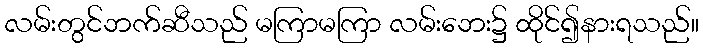
လမ်းတွင်ဘက်ဆီသည် မကြာမကြာ လမ်းဘေး၌ ထိုင်၍နားရသည်။